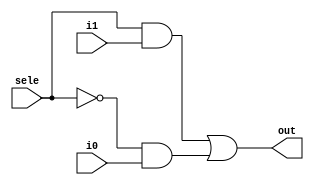
//module mux_21(out,i1,i0,sele);
module mux_21(i0,i1,out,sele);

    output out;
    input i1,i0,sele;
    not (u,sele);
    and (m,sele,i1);
    and (n,u,i0);
    or (out,m,n);
endmodule



// module mux(input a, input b, input s, output c);
// assign c = a&s | b&~s ;
// endmodule